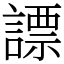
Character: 謤